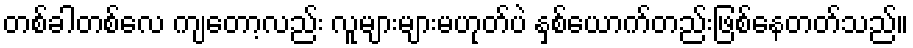
တစ်ခါတစ်လေ ကျတော့လည်း လူများများမဟုတ်ပဲ နှစ်ယောက်တည်းဖြစ်နေတတ်သည်။